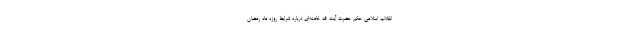
انقلاب اسلامی حکم حضرت آیت الله خامنه‌ای درباره شرایط روزه ماه رمضان